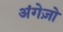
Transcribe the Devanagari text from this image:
अंगेज़ो